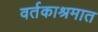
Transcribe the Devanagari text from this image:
वर्तकाश्रमात